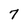
Character: 7